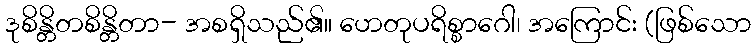
ဒုစိန္တိတစိန္တိတာ- အစရှိသည်၏။ ဟေတုပရိစ္စာဂေါ၊ အကြောင်း (ဖြစ်သော